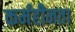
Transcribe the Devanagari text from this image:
कर्महीनता